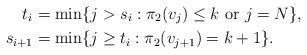
LaTeX: \begin{align*}t_i&= \min \{ j > s_i: \pi_2(v_j) \le k \mbox{ or } j=N\}, \\s_{i+1} &= \min \{j \ge t_i: \pi_2(v_{j+1}) =k+1\}.\end{align*}